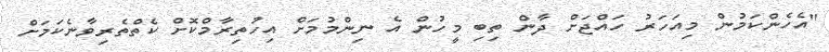
"އެހެންކަމުން މިއަހަރު ހައްޖަށް ދާން ތިބި މީހުން އެ ނިންމުމަށް އިހުތިރާމްކޮށް ކެތްތެރިވާނެކަމަށް